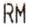
RM